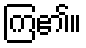
ကြ၏။